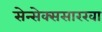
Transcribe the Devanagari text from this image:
सेन्सेक्ससारखा